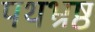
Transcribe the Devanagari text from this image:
पथभ्रष्ठ